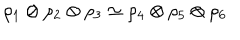
\rho _ { 1 } \otimes \rho _ { 2 } \otimes \rho _ { 3 } \simeq \rho _ { 4 } \otimes \rho _ { 5 } \otimes \rho _ { 6 }